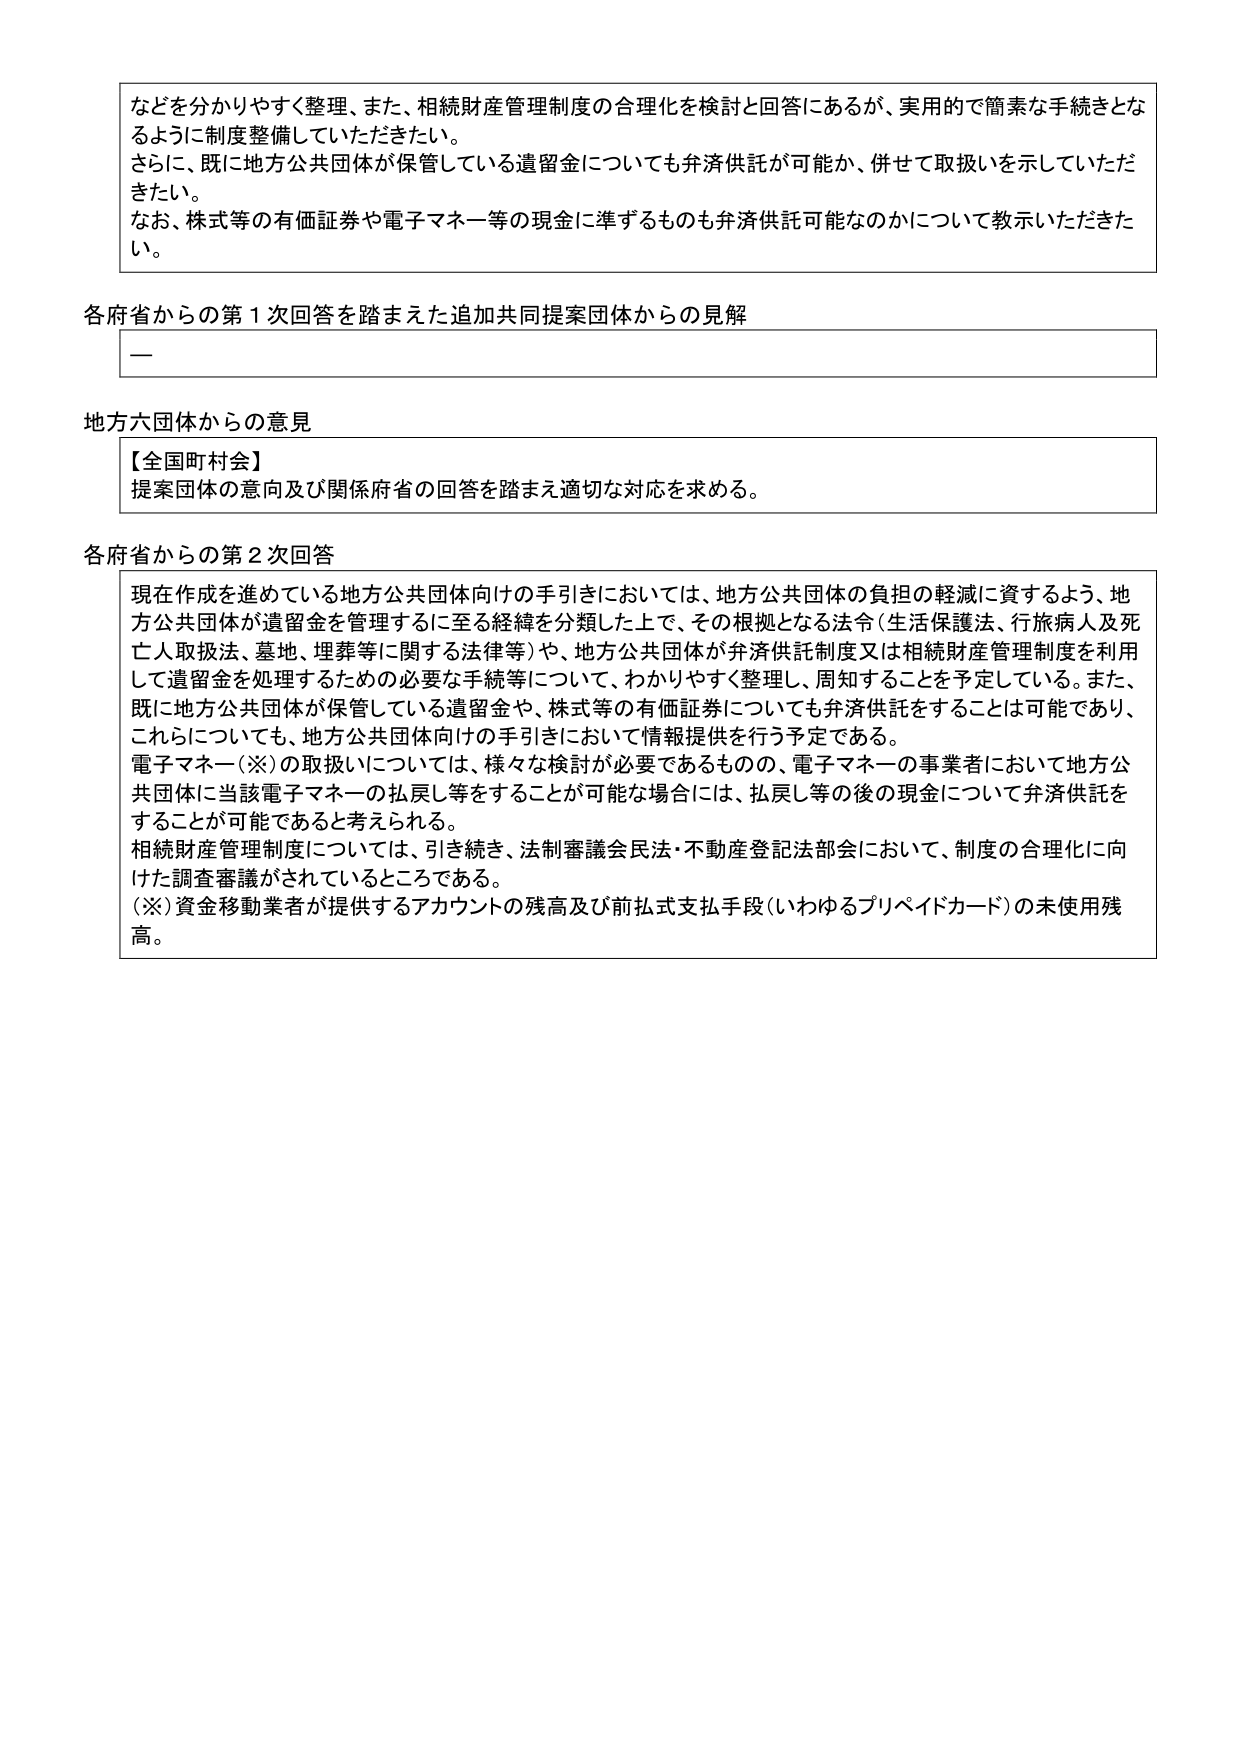
などを分かりやすく整理、また、相続財産管理制度の合理化を検討と回答にあるが、実用的で簡素な手続きとな
るように制度整備していただきたい。
さらに、既に地方公共団体が保管している遺留金についても弁済供託が可能か、併せて取扱いを示していただ
きたい。
なお、株式等の有価証券や電子マネー等の現金に準ずるものも弁済供託可能なのかについて教示いただきた
い。

各府省からの第１次回答を踏まえた追加共同提案団体からの見解
—

地方六団体からの意見
【全国町村会】
提案団体の意向及び関係府省の回答を踏まえ適切な対応を求める。

各府省からの第２次回答
現在作成を進めている地方公共団体向けの手引きにおいては、地方公共団体の負担の軽減に資するよう、地
方公共団体が遺留金を管理するに至る経緯を分類した上で、その根拠となる法令（生活保護法、行旅病人及死
亡人取扱法、墓地、埋葬等に関する法律等）や、地方公共団体が弁済供託制度又は相続財産管理制度を利用
して遺留金を処理するための必要な手続等について、わかりやすく整理し、周知することを予定している。また、
既に地方公共団体が保管している遺留金や、株式等の有価証券についても弁済供託をすることは可能であり、
これらについても、地方公共団体向けの手引きにおいて情報提供を行う予定である。
電子マネー（※）の取扱いについては、様々な検討が必要であるものの、電子マネーの事業者において地方公
共団体に当該電子マネーの払戻し等をすることが可能な場合には、払戻し等の後の現金について弁済供託を
することが可能であると考えられる。
相続財産管理制度については、引き続き、法制審議会民法・不動産登記法部会において、制度の合理化に向
けた調査審議がされているところである。
（※）資金移動業者が提供するアカウントの残高及び前払式支払手段（いわゆるプリペイドカード）の未使用残
高。